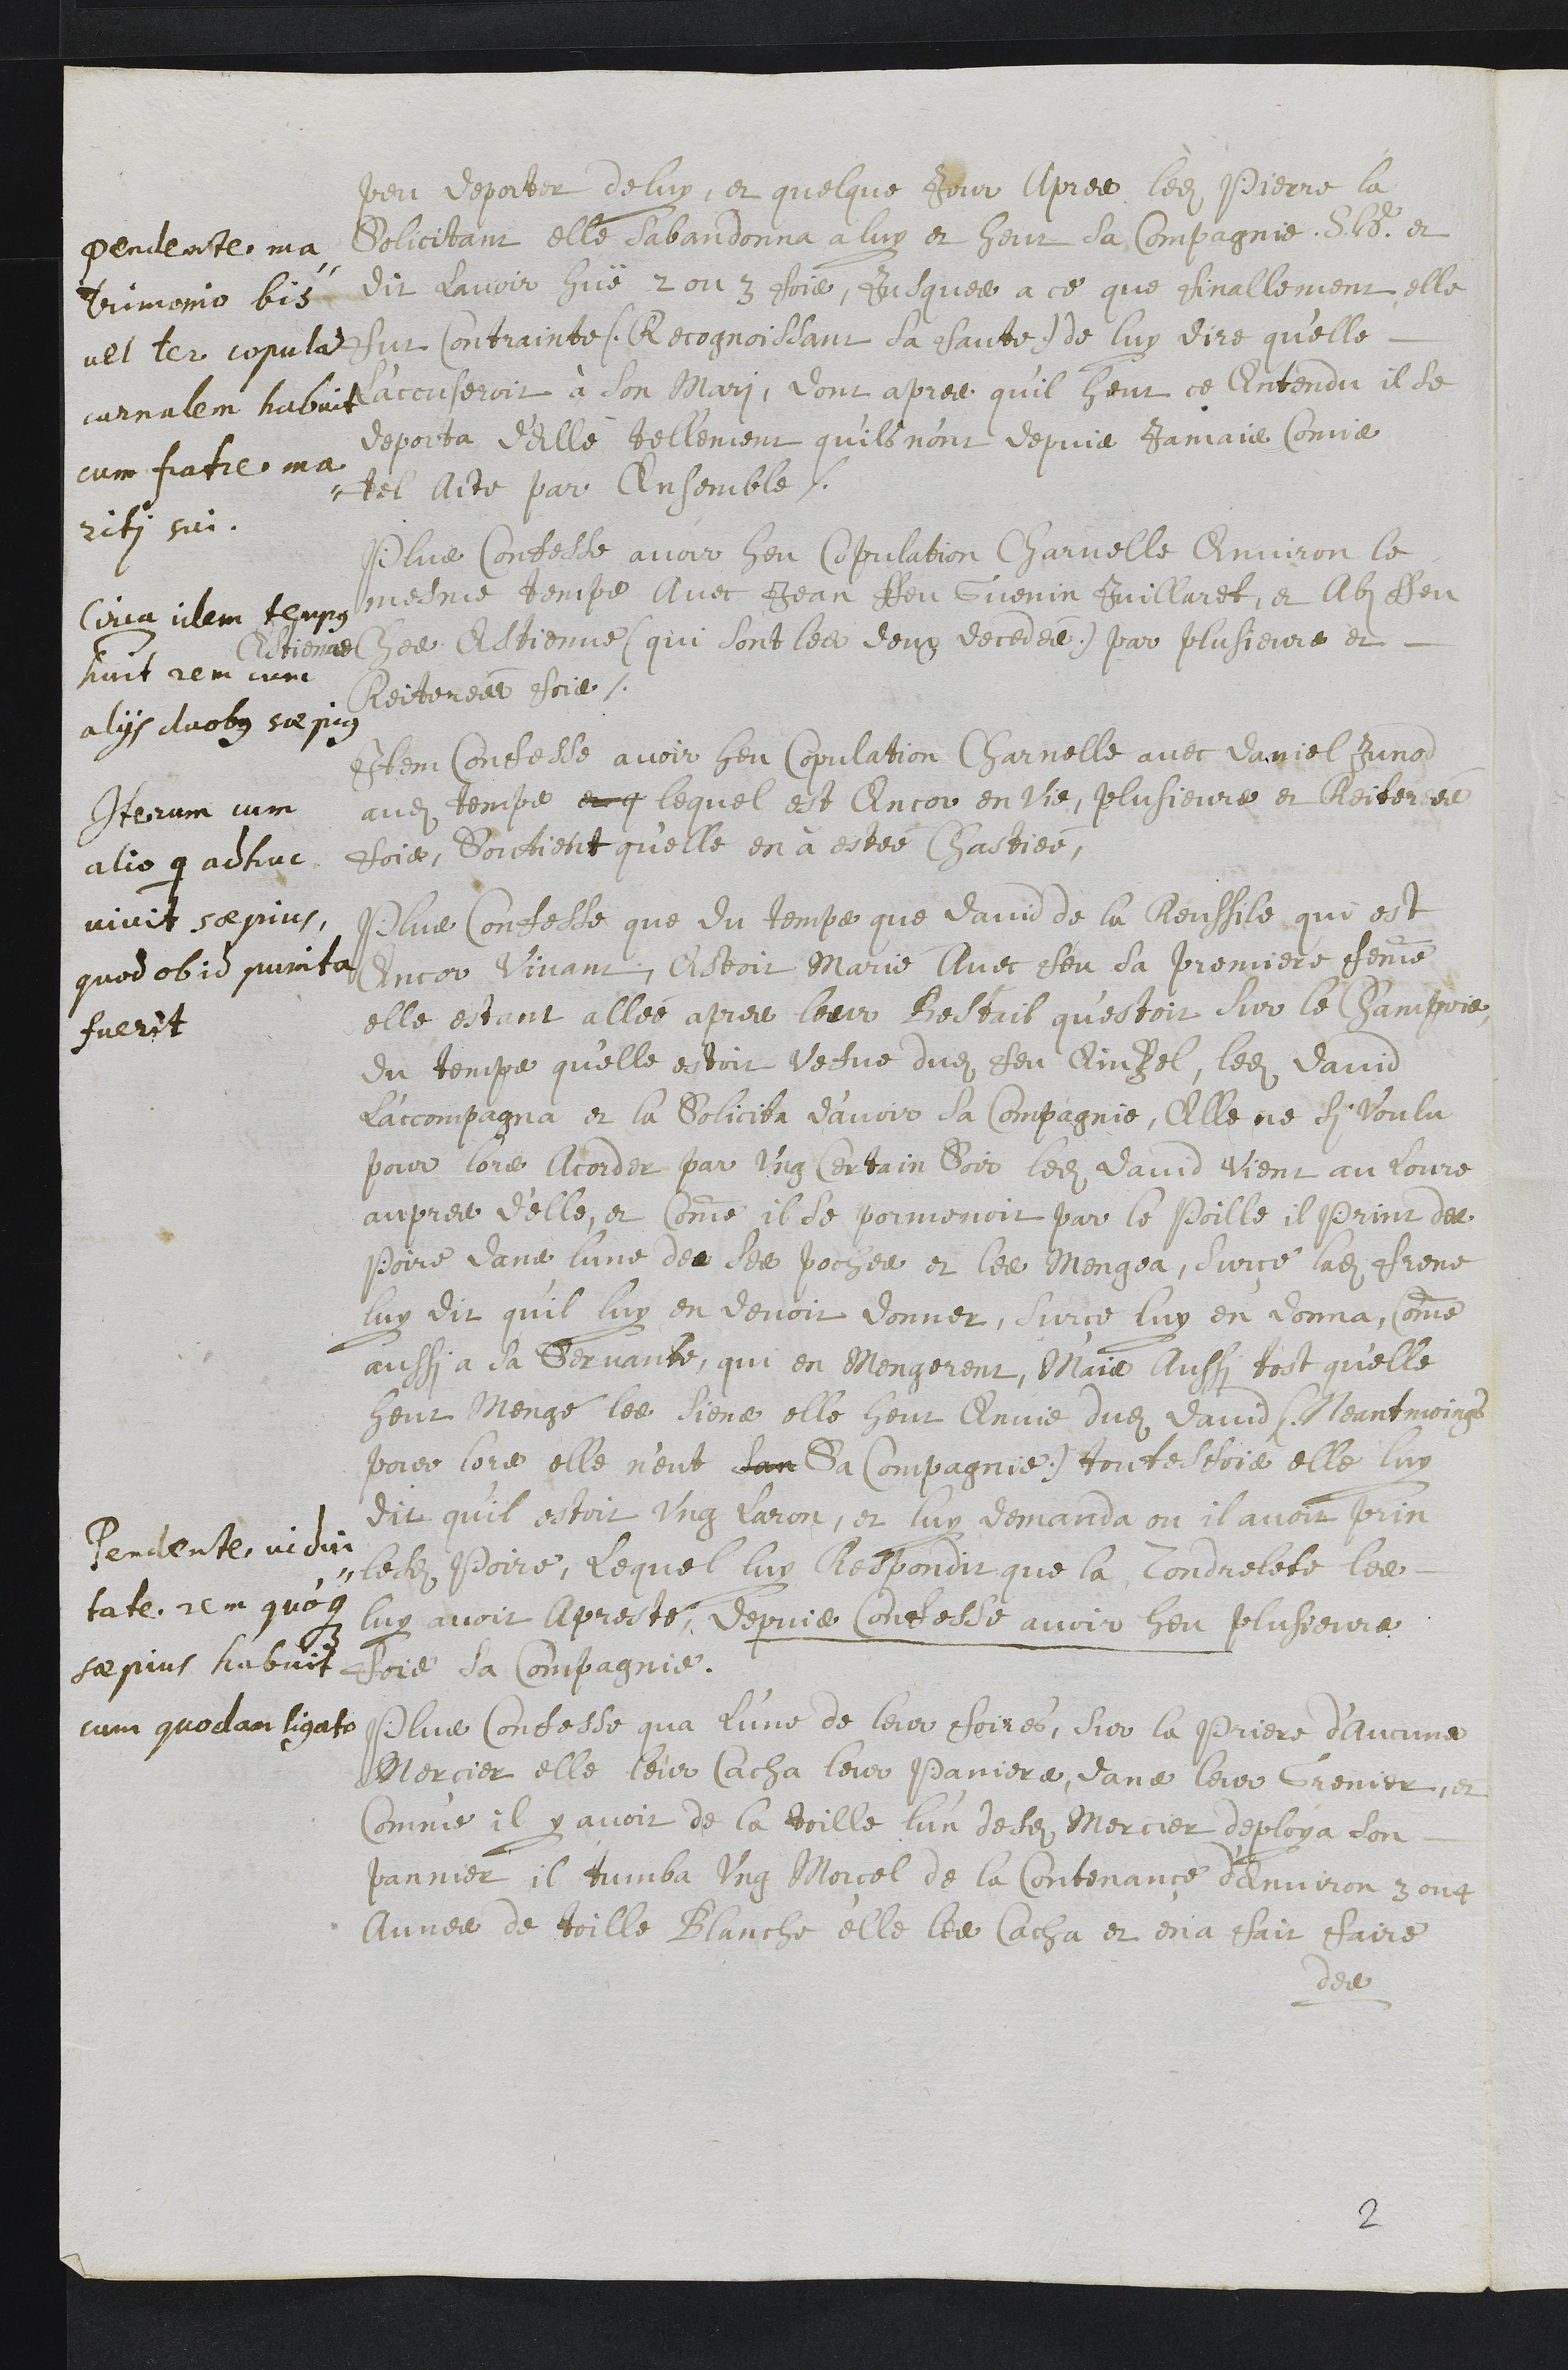
Penilate ma
vimomo 6i5
uel ler copula
carnalemon habuit
cum fiatre ma
riti sui.
peu depoiter de lux, et quelque Jeur Apres ledit Pierre la
solicitan elle sabandonna à luy et heut sa compagnie, Sldoite et
dit davoir hué 2 ou 3 foie, jusquee a ce que finallement elle
sur Contrainte Recognoissant da caute) de luy dire qu'elle
paccuseroit à son mari, dont apres qu'il heur ce intendu il se
deporta d’elle tellement quils n'ont depuis jamais comie
tel acte par Ansemble.
Coma illem thaps
huit rem cun
alys duobz su pis
Plus Confesle avoir heu Copulation Charnelle environ le
mesme dempe avec Jean feu Guenin Juillaret, et Abz heu
Citienae hee Astienne (qui sont les deux decedee) par plusieurs et
Cleiterees poie.
Iterum jum
alio 9 adhivc
vivit sapuis
quod ob id puinta
fuerit
Item Confesse avoir heu Copulation Charnelle avec Damiel Junont
audit temps et q lequel est Ancor en vie, plusieurs et Rditercee
fois, Soictient quelle en a estée Chastiée,
Pendente vidur
tate. 21in quo
se pius habvit.
cum quodam ligato
Plus Confesse que du temps que david de la leuffile qui est
Encor vivant, Estoit Marie Avec ceu sa premiere femme
elle estant alléé apres louir Bostail qu’estoit sur le Champoie,
du temps quelle estoit vefve dudit feu Rinfel, ledit Davo
l'accompagna et la Soliciba d’avoir sa compagnie, Elle ne si voulu
pour lors Acorder par ung certain soir ledit laud vient au loure
aupres d’elle, et comme il se pormenoit par le Poille il print des
Poire dans lune des ses poches et les mengea, surce ladite Frene
luy dit quil luy en devoir donner, sur ce luy en donna comme
aussi a da Servanbe, qui en Mengerent, Mais Aussi toot quelle
heur Mengé les dienes elle heur envie dudit David (t eantmoing
poier lors elle n’eut san sa compagnie) toutesfois elle luy
dit qu’il estoit ung caron, et luy demanda ou il avoir prin
lesdits Poire, lequel luy Respondit que la condnelete les
luy avoir apresté, depuis contesde avoir heu plusieurs
toie da Compagnie.
Pluse confesse qua lune de leur foires, sur la Priere d'aucune
Mercier elle leur Cacha leur Paniere duns leur Grenier, et
comme il y avoir de la toille l’un desdi Mercier deploya son
pannier il tumba ung Morcol de la Contenance d’environ 3 ong
Année de toille Blauche elle les Cacha et ena ffair faire
des
2